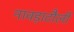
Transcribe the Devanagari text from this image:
नावड़ाटौली